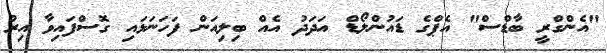
"އެންގްރީ ބާޑްސް" އެޕްގެ ޑައުންލޯޑް އަދަދު އެއް ބިލިއަން ފަހަނަޅައި ގޮސްފައިވާ އިރު